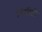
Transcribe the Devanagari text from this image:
डिग्रीटी